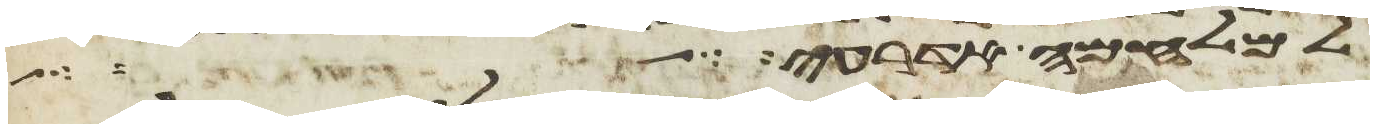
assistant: למלחמה אדרעי ויאמר